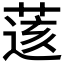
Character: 𦷷